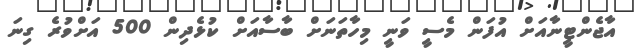
އާޖެންޓީނާއަށް އުފަން މެސީ ވަނީ މިހާތަނަށް ބާސާއަށް ކުޅެދިން 500 އަށްވުރެ ގިނަ